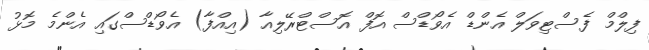
ފިލްމް ފެސްޓިވަލް އެންޑް އެވޯޑްސް އޮފް އޮސްޓްރޭލިއާ (އިއްފާ) އެވޯޑްސްގައި އެންމެ މޮޅު